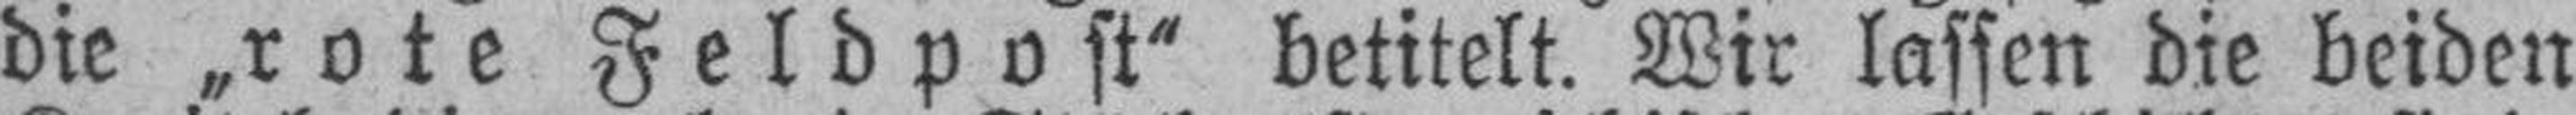
die „rote Feldpost“ betitelt. Wir lassen die beiden